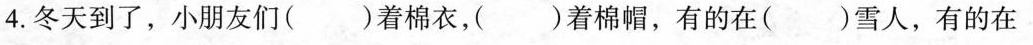
4.冬天到了，小朋友们()着棉衣，()着棉帽，有的在()雪人，有的在